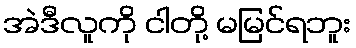
အဲဒီလူကို ငါတို့ မမြင်ရဘူး